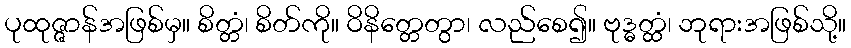
ပုထုဇ္ဇာန်အဖြစ်မှ။ စိတ္တံ၊ စိတ်ကို။ ဝိနိတ္တေတွာ၊ လည်စေ၍။ ဗုဒ္ဓတ္ထံ၊ ဘုရားအဖြစ်သို့။